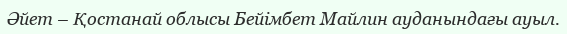
Әйет – Қостанай облысы Бейімбет Майлин ауданындағы ауыл.